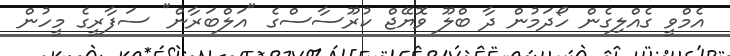
އެމްވީ ގެއްލިގެން ހޯދަމުން ދާ ބްލޫ ވޮޔޭޖް ކުރޫސާސްގެ "އަލްބަރާން" ސަފާރީގެ މީހުން